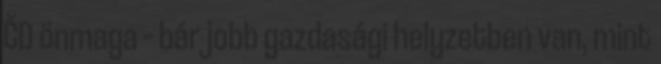
ČD önmaga – bár jobb gazdasági helyzetben van, mint